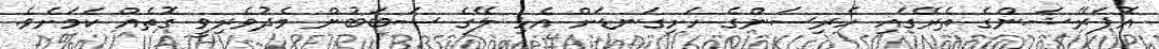
އޮޕަރޭޝަންގެ ތެރޭގައި ހެރިސަންގެ ހަށިގަނޑަށް އެޅި ލޭގެ ސަބަބުން މެދުވެރިވީ ގޮތެއް ކަމަށެވެ.